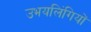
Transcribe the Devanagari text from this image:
उभयलिंगियों